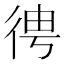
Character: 𢓳